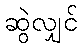
ဆွဲလျှင်